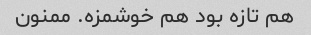
هم تازه بود هم خوشمزه. ممنون